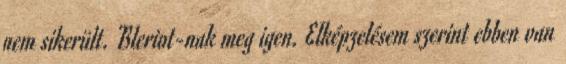
nem sikerült. Bleriot-nak meg igen. Elképzelésem szerint ebben van